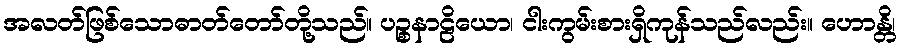
အလတ်ဖြစ်သောဓာတ်တော်တို့သည်။ ပဉ္စနာဠိယော၊ ငါးကွမ်းစားရှိကုန်သည်လည်း။ ဟောန္တိ၊